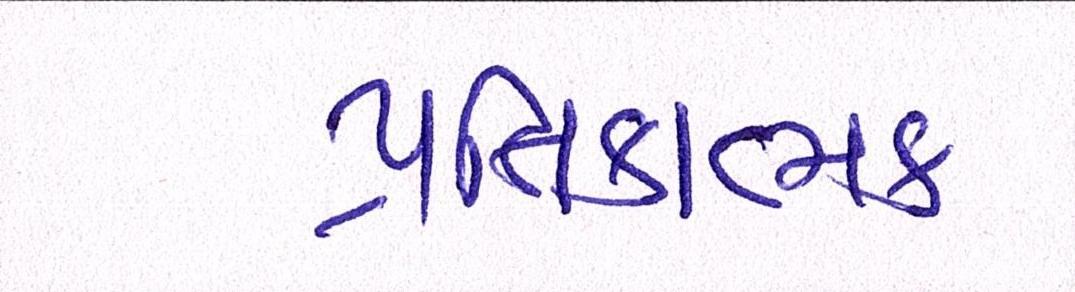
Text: પ્રતિકાત્મક